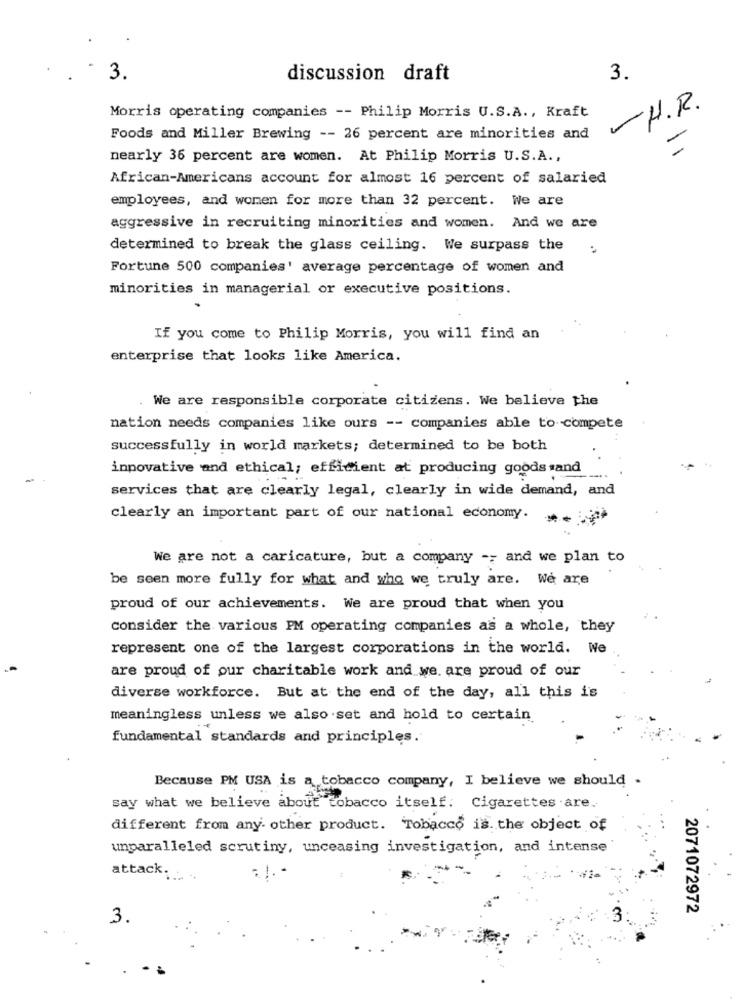
3.
discussion draft
3.
Morris operating companies -- Philip Morris U.S.A ., Kraft
H.R.
Foods and Miller Brewing -- 26 percent are minorities and
-
nearly 36 percent are women. At Philip Morris U.S.A .,
African-Americans account for almost 16 percent of salaried
employees, and women for more than 32 percent. We are
aggressive in recruiting minorities and women. And we are
determined to break the glass ceiling. We surpass the
Fortune 500 companies' average percentage of women and
minorities in managerial or executive positions.
If you come to Philip Morris, you will find an
enterprise that looks like America.
We are responsible corporate citizens. We believe the
nation needs companies like ours -- companies able to compete
successfully in world markets; determined to be both
innovative and ethical; efficient at producing goods and
services that are clearly legal, clearly in wide demand, and
clearly an important part of our national economy.
We are not a caricature, but a company -- and we plan to
be seen more fully for what and who we truly are. We are
proud of our achievements. We are proud that when you
consider the various PM operating companies as a whole, they
represent one of the largest corporations in the world. We
are proud of our charitable work and we are proud of our
diverse workforce. But at the end of the day, all this is
meaningless unless we also set and hold to certain
fundamental standards and principles.
Because PM USA is a tobacco company, I believe we should .
say what we believe about tobacco itself: Cigarettes are.
different from any other product. Tobacco is. the object of
unparalleled scrutiny, unceasing investigation, and intense
attack ;.....
2071072972
3.